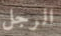
الرجل